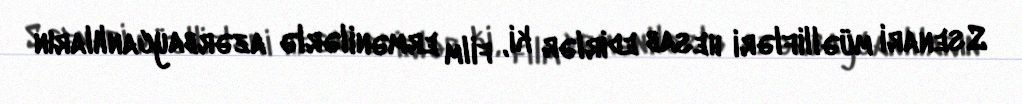
Ssenari müəllifləri hesab edirlər ki, film ermənilərlə azərbaycanlıların